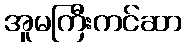
အူမကြီးကင်ဆာ